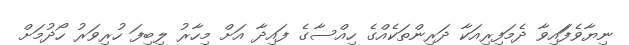
ނިޔާވެފަައިވާ ދެމަފިރިއަކާ ދަރިންތަކެއްގެ ހިއްސާގެ ފައިދާ އަށް މިހާރު ލިބިފަ ހުރިވަރު ހޯދުމަށް